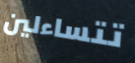
تتساءلين